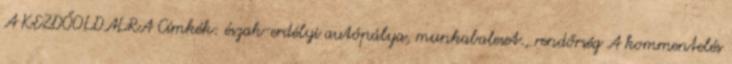
A KEZDŐOLDALRA Címkék: észak-erdélyi autópálya, munkabaleset., rendőrség A kommentelés